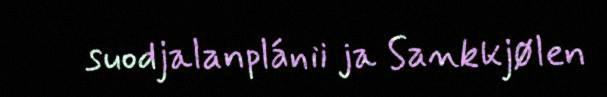
suodjalanplánii ja Sankkjølen